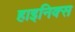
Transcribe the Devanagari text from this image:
हाइनिक्स